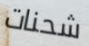
شحنات